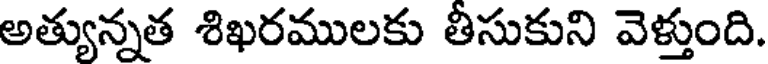
అత్యున్నత శిఖరములకు తీసుకుని వెళ్తుంది.